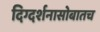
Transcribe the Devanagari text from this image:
दिग्दर्शनासोबातच